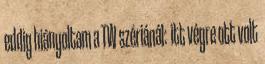
eddig hiányoltam a TW szériánál: itt végre ott volt